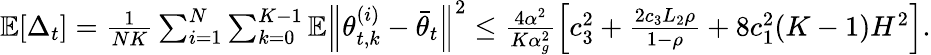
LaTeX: \begin{array}{r}{\mathbb{E}[\Delta_{t}]=\frac{1}{NK}\sum_{i=1}^{N}\sum_{k=0}^{K-1}\mathbb{E}\Big\lVert\theta_{t,k}^{(i)}-\bar{\theta}_{t}\Big\rVert^{2}\le\frac{4\alpha^{2}}{K\alpha_{g}^{2}}\left[c_{3}^{2}+\frac{2c_{3}L_{2}\rho}{1-\rho}+8c_{1}^{2}(K-1)H^{2}\right].}\end{array}